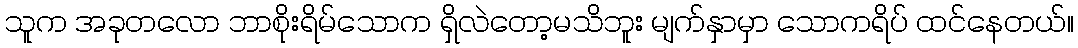
သူက အခုတလော ဘာစိုးရိမ်သောက ရှိလဲတော့မသိဘူး မျက်နှာမှာ သောကရိပ် ထင်နေတယ်။